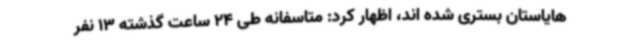
هایاستان بستری شده اند، اظهار کرد: متاسفانه طی 24 ساعت گذشته 13 نفر